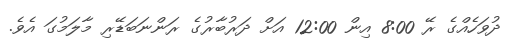
ދުވަހެއްގެ ރޭ 8:00 އިން 12:00 އަށް ދަރުބާރުގެ ރަންނަބަޑޭރި މާލަމުގަ އެވެ.